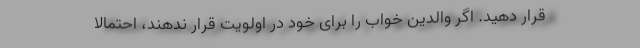
قرار دهید. اگر والدین خواب را برای خود در اولویت قرار ندهند، احتمالاً